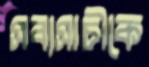
সব্যসাচীকে